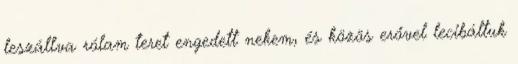
leszállva rólam teret engedett nekem, és közös erővel lecibáltuk